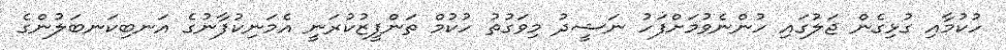
ހުކުމާއި ގުޅިގެން ޖަލުގައި ހުންނެވުމަށްފަހު ނަޝީދު މިވަގުތު ހުކުމް ތަންފީޒުކުރަނީ އެމަނިކުފާނުގެ އަނބިކަނބަލުންގެ